Report of the Hyderabad Chloroform Commission
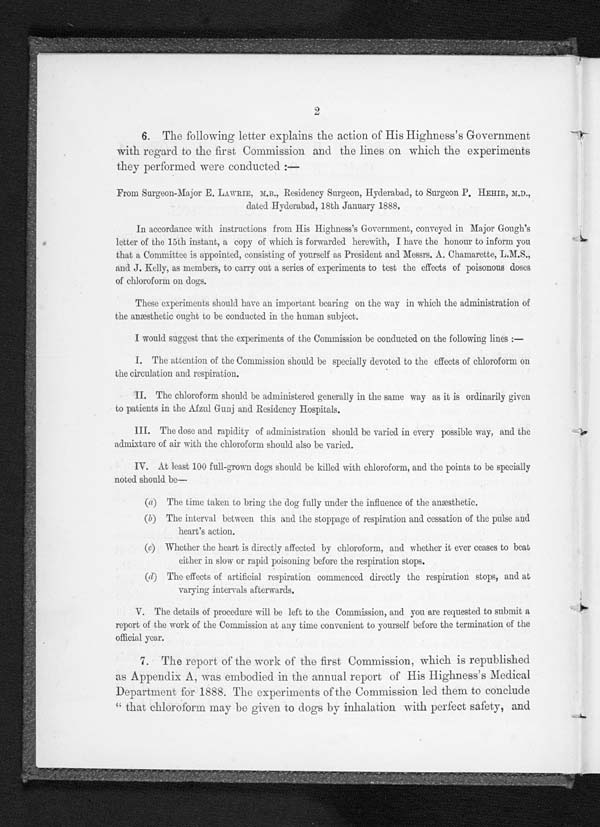
2
6. The following letter explains the action of His Highness's Government
with regard to the first Commission and the lines on which the experiments
they performed were conducted :—
From Surgeon-Major E, LAWRIE, M.B., Residency Surgeon, Hyderabad, to Surgeon P. HEHIR, M.D.,
dated Hyderabad, 18th January 1888,
In accordance with instructions from His Highness's Government, conveyed in Major Gough's
letter of the 15th instant, a copy of which is forwarded herewith, I have the honour to inform you
that a Committee is appointed, consisting of yourself as President and Messrs. A. Chamarette, L.M.S.,
and J. Kelly, as members, to carry out a series of experiments to test the effects of poisonous doses
of chloroform on dogs.
These experiments should have an important bearing on the way in which the administration of
the anæsthetic ought to be conducted in the human subject.
I would suggest that the experiments of the Commission be conducted on the following lines :—
I. The attention of the Commission should be specially devoted to the effects of chloroform on
the circulation and respiration.
II. The chloroform should he administered generally in the same way as it is ordinarily given
to patients in the Afzul Gunj and Residency Hospitals.
III. The dose and rapidity of administration should be varied in every possible way, and the
admixture of air with the chloroform should also be varied.
IV. At least 100 full-grown dogs should be killed with chloroform, and the points to be specially
noted should be—
( a ) T h e t i m e t a k e n
t o b r i n g t h e d o g f u l l y u n d e r t h e i n f l u e n c e o f t h e a n æ s t h e t i c ,
(b) The interval between this and the stoppage of respiration and cessation of the pulse and
heart's action.
(c) Whether the heart is directly affected by chloroform, and whether it ever ceases to beat
either in slow or rapid poisoning before the respiration stops.
(d) The effects of artificial respiration commenced directly the respiration stops, and at
varying intervals afterwards.
V. The details of procedure will be left to the Commission, and you are requested to submit a
report of the work of the Commission at any time convenient to yourself before the termination of the
official year.
7. The report of the work of the first. Commission, which is republished
as Appendix A, was embodied in the annual report of His Highness's Medical
Department for 1888. The experiments of the Commission led them to conclude
" that chloroform may be given to dogs by inhalation with perfect safety, and